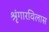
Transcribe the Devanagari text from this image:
श्रृंगारविलास